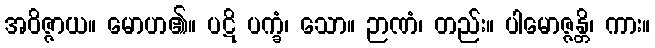
အဝိဇ္ဇာယ။ မောဟ၏။ ပဋိ ပက္ခံ၊ သော။ ဉာဏံ၊ တည်း။ ပါမောဇ္ဇန္တိ၊ ကား။